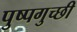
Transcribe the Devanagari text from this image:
पुष्पगुच्छी